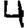
Digit: 4